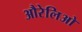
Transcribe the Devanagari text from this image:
औरेलिओ